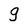
Character: g